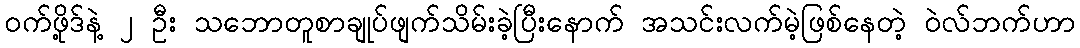
ဝက်ဖို့ဒ်နဲ့ ၂ ဦး သဘောတူစာချုပ်ဖျက်သိမ်းခဲ့ပြီးနောက် အသင်းလက်မဲ့ဖြစ်နေတဲ့ ဝဲလ်ဘက်ဟာ